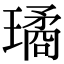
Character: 璚